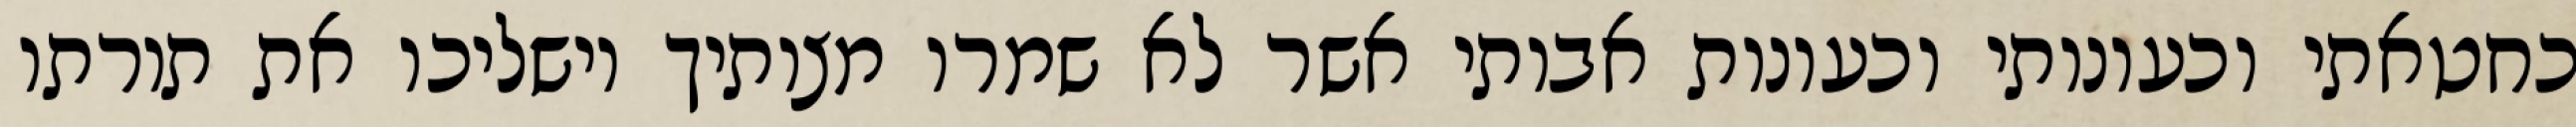
כחטאתי וכעונותי וכעונות אבותי אשר לא שמרו מצותיך וישליכו את תורתו